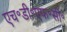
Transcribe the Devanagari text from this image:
एच॰डी॰एफ॰सी॰